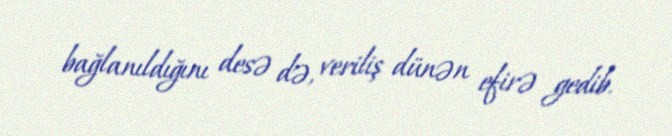
bağlanıldığını desə də, veriliş dünən efirə gedib.